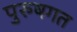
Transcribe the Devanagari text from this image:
पुरुषगत